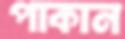
পাকান